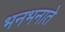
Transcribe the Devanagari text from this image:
भनभनाते